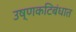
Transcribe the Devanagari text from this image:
उष्णकटिबंधात